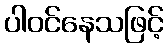
ပါဝင်နေသဖြင့်